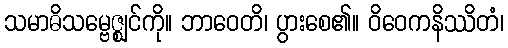
သမာဓိသမ္ဗေဇ္ဈင်ကို။ ဘာဝေတိ၊ ပွားစေ၏။ ဝိဝေကနိဿိတံ၊